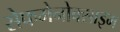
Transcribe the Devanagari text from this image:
सेफमेनोक्साइम